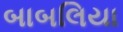
બાબલિયા